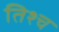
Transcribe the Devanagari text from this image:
तिश्च